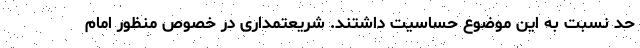
حد نسبت به این موضوع حساسیت داشتند. شریعتمداری در خصوص منظور امام